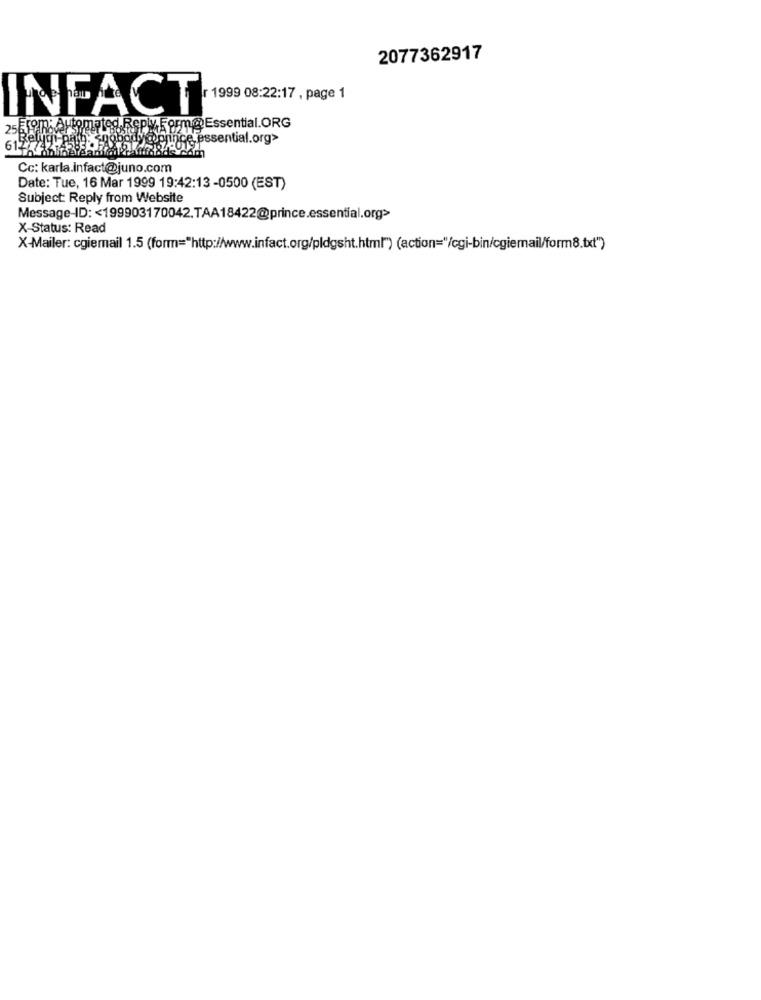
2077362917
INFACT
arm@ Essential.ORG
emoce essential.org>
Cc: karla.infact@juno.com
Date: Tue, 16 Mar 1999 19:42:13 -0500 (EST)
Subject: Reply from Website
Message-ID: < 199903170042.TAA18422@prince.essential.org>
X-Status: Read
X-Mailer: cgiemail 1.5 (form="http://www.infact.org/pldgsht.html") (action="/cgi-bin/cgiemail/form8.txt")